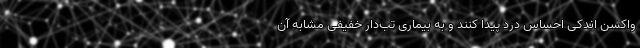
واکسن اندکی احساس درد پیدا کنند و به بیماری تب‌دار خفیفی مشابه آن